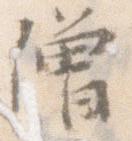
僧